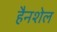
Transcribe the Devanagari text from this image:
हैनशेल